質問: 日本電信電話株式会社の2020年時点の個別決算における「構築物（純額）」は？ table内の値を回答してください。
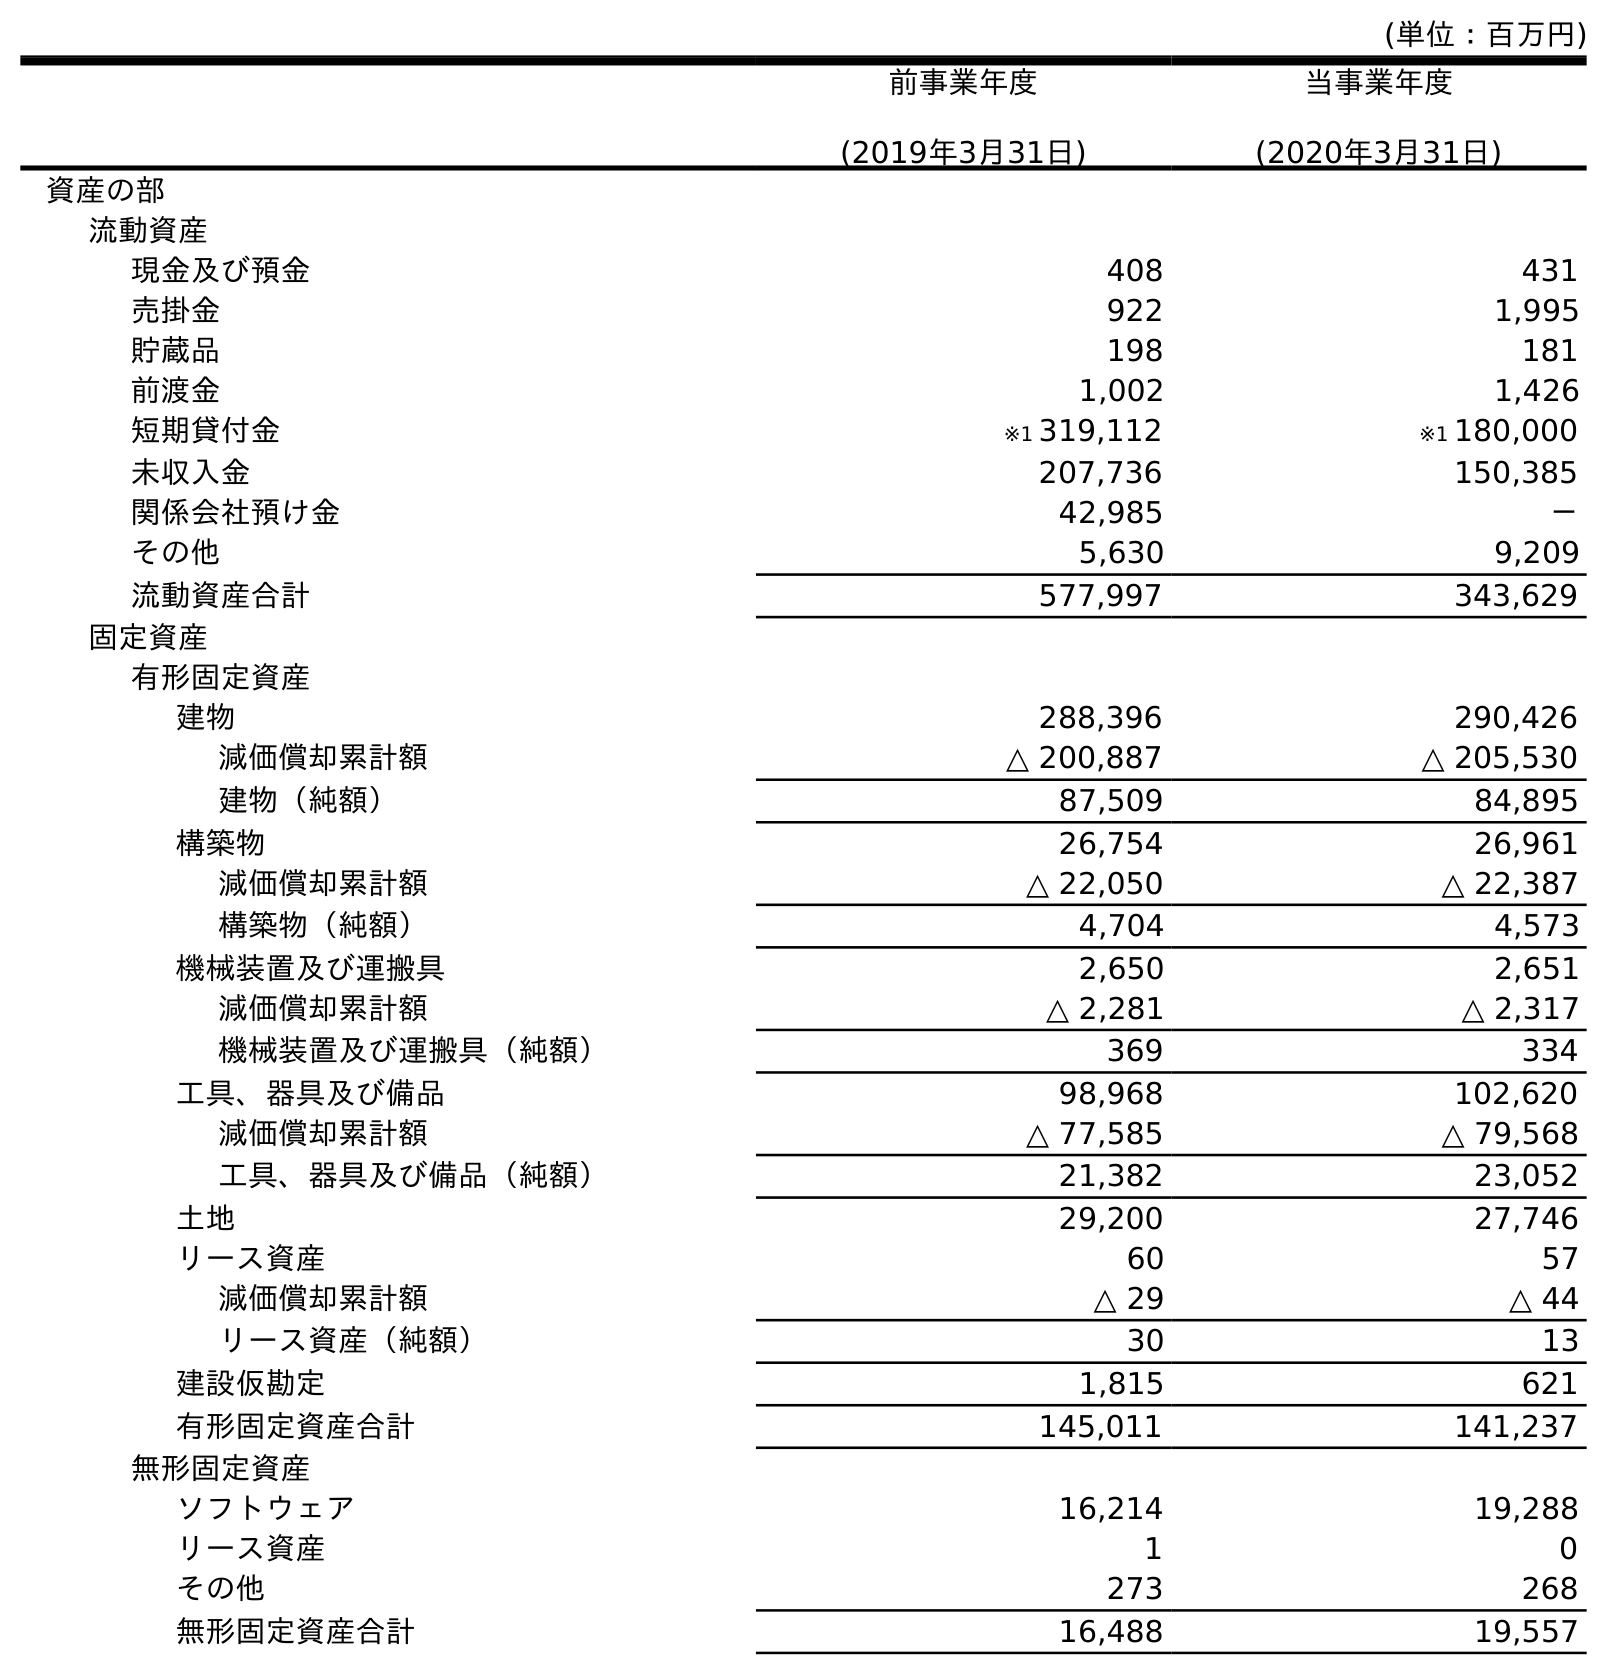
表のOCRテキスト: (単位：百万円) 前事業年度 (2019年3月31日) 当事業年度 (2020年3月31日) 資産の部 流動資産 現金及び預金 408 431 売掛金 922 1,995 貯蔵品 198 181 前渡金 1,002 1,426 短期貸付金 ※1 319,112 ※1 180,000 未収入金 207,736 150,385 関係会社預け金 42,985 － その他 5,630 9,209 流動資産合計 577,997 343,629 固定資産 有形固定資産 建物 288,396 290,426 減価償却累計額 △ 200,887 △ 205,530 建物（純額） 87,509 84,895 構築物 26,754 26,961 減価償却累計額 △ 22,050 △ 22,387 構築物（純額） 4,704 4,573 機械装置及び運搬具 2,650 2,651 減価償却累計額 △ 2,281 △ 2,317 機械装置及び運搬具（純額） 369 334 工具、器具及び備品 98,968 102,620 減価償却累計額 △ 77,585 △ 79,568 工具、器具及び備品（純額） 21,382 23,052 土地 29,200 27,746 リース資産 60 57 減価償却累計額 △ 29 △ 44 リース資産（純額） 30 13 建設仮勘定 1,815 621 有形固定資産合計 145,011 141,237 無形固定資産 ソフトウェア 16,214 19,288 リース資産 1 0 その他 273 268 無形固定資産合計 16,488 19,557
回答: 4,573